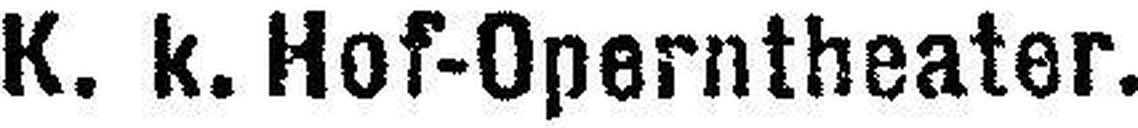
K. k. Hof-Operntheater.